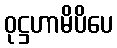
ဝုဋ္ဌဟာမိပိပေ